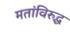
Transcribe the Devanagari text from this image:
मतांविरुद्ध